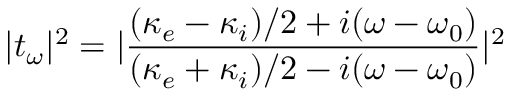
| t _ { \omega } | ^ { 2 } = | \frac { ( \kappa _ { e } - \kappa _ { i } ) / 2 + i ( \omega - \omega _ { 0 } ) } { ( \kappa _ { e } + \kappa _ { i } ) / 2 - i ( \omega - \omega _ { 0 } ) } | ^ { 2 }